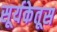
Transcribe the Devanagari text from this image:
सूर्यकेतूस